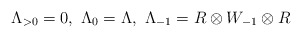
\begin{align*}\Lambda_{>0}=0, \ \Lambda_0=\Lambda, \ \Lambda_{-1}=R \otimes W_{-1} \otimes R\end{align*}